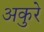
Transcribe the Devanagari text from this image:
अकुरे